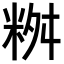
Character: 𥹮